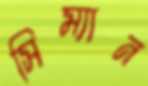
সিম্যান